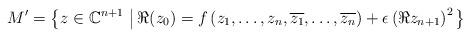
LaTeX: \begin{align*}M^\prime=\left\{z\in\mathbb{C}^{n+1}\,\left|\,\Re(z_0)=f\left(z_1,\ldots, z_n,\overline{z_1},\ldots, \overline{z_n}\right)+\epsilon \left(\Re z_{n+1}\right)^2\right.\right\}\end{align*}